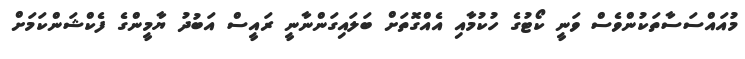
މުއައްސަސާތަކުންވެސް ވަނީ ކޯޓުގެ ހުކުމާއި އެއްގޮތަށް ބަލައިގަންނާނީ ރައީސް އަބުދު ޔާމީންގެ ފެކްޝަންކަމަށް